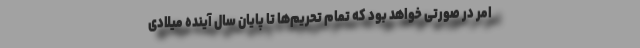
امر در صورتی خواهد بود که تمام تحریم‌ها تا پایان سال آینده میلادی